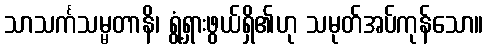
သာသင်္ကသမ္မတာနိ၊ ရွံ့ရှားဖွယ်ရှိ၏ဟု သမုတ်အပ်ကုန်သော။